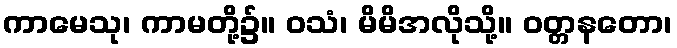
ကာမေသု၊ ကာမတို့၌။ ဝသံ၊ မိမိအလိုသို့။ ဝတ္တနတော၊